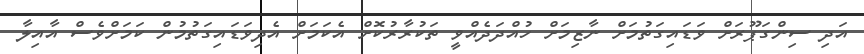
އަދި ސިންގަޕޫރަށް ވަޑައިގަތުމަށް ނާޒިމަށް ހުއްދަދެއްވީ ތަކުރާރުކޮށް އެކަމަށް އެދިވަޑައިގަތުމުން ކަމަށްވެސް އާއިލާ